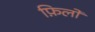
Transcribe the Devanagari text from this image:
फ़िलो